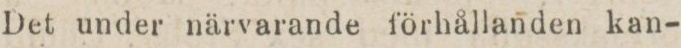
Det under närvarande förhållanden kan-